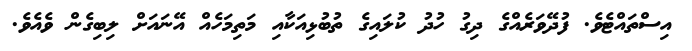
އިސްތައްޓެވެ. ފުދޭވަރެއްގެ ދިގު ހުދު ކުލައިގެ ތުބުޅިއަކާއި މަތިމަހެއް އޭނައަށް ލިބިގެން ވެއެވެ.